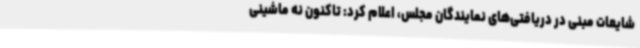
شایعات مبنی در دریافتی‌های نمایندگان مجلس، اعلام کرد: تاکنون نه ماشینی